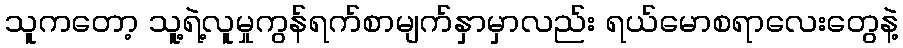
သူကတော့ သူ့ရဲ့လူမှုကွန်ရက်စာမျက်နှာမှာလည်း ရယ်မောစရာလေးတွေနဲ့